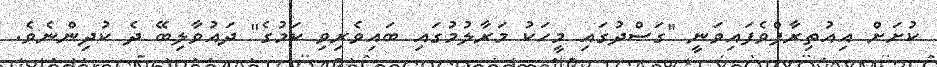
ކުށަށް އިއުތިރާފްވެފައިވަނީ "ގަސްދުގައި މީހަކު މަރާލުމުގައި ބައިވެރިވި ކަމުގެ" ދައުވާލިބޭ ދެ ކުދިންނެވެ.